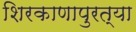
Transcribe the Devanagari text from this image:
शिरकाणापुरत्या